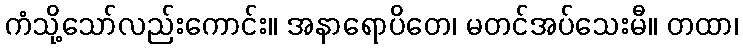
ကံသို့သော်လည်းကောင်း။ အနာရောပိတေ၊ မတင်အပ်သေးမီ။ တထာ၊